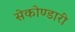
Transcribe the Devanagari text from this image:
सेकोण्डारी